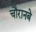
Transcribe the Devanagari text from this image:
चौरानबे